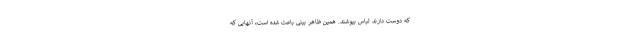
که دوست دارند لباس بپوشند. همین ظاهر بینی باعث شده است، آنهایی که